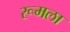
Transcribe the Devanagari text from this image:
रूमला